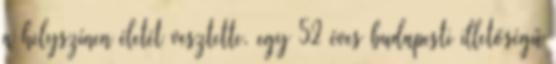
a helyszínen életét vesztette, egy 52 éves budapesti illetőségű